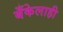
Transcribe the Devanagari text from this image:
बँकेलाही